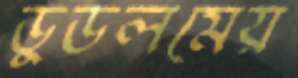
ডুডলমেয়